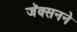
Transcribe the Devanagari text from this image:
जॅक्सनने